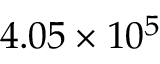
4 . 0 5 \times 1 0 ^ { 5 }